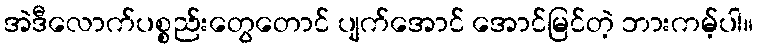
အဲဒီလောက်ပစ္စည်းတွေတောင် ပျက်အောင် အောင်မြင်တဲ့ ဘားကမ့်ပါ။